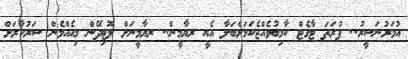
އުމަރުނަސީރު.. ފުރަތަ ޓާގެޓް ކާމިބުވެއްޖެކަމަށްބަލާ އެއީ ރޔާމީން.. ރޔާމީނަށް ލޮޓިދޭން މިއެއްމެން ސަރުކާރަށް